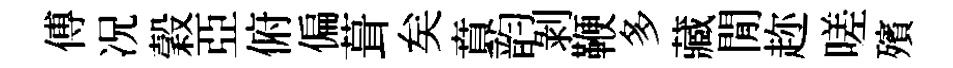
傅况穀亞俯偏葺矣賁韵剝鞭多藏閒趂嗟殯